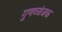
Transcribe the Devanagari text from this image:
गुणव्यंजक